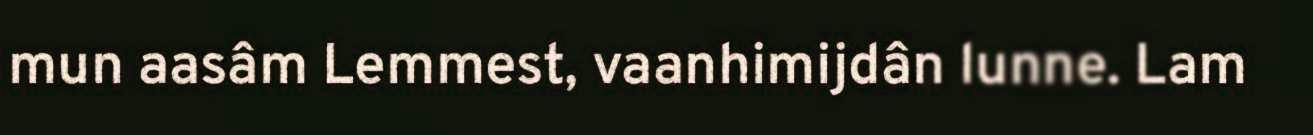
mun aasâm Lemmest, vaanhimijdân lunne. Lam